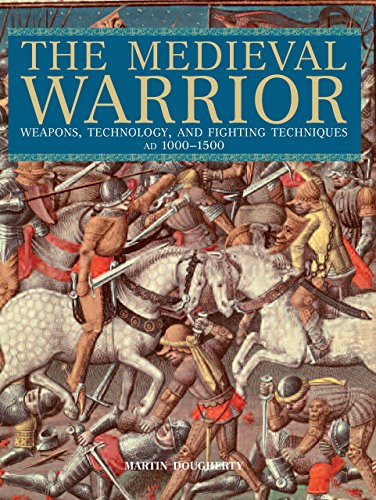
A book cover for Medieval Warrior: Weapons, Technology, And Fighting Techniques, Ad 1000-1500; Martin Dougherty; Arts & Photography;